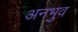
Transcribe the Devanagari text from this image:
अनभुव